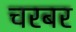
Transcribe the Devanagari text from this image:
चरबर